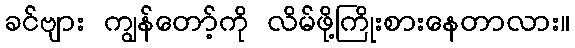
ခင်ဗျား ကျွန်တော့်ကို လိမ်ဖို့ကြိုးစားနေတာလား။